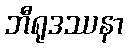
ဘီရုဒဿနာ